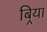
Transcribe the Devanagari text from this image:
बिर्‍या